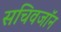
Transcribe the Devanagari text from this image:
सचिवजॉन